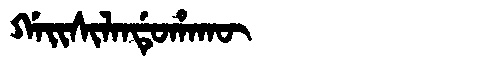
Manchu: ᡤᠠᡳᠰᡳᠯᠠᠨᡩᡠᡥᠠᡴᡡ
Romanization: GAISILANDUHAKŪ